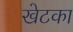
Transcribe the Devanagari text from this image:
खेटका